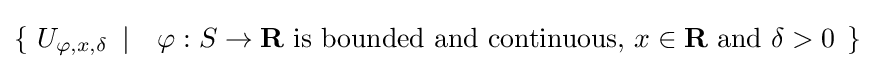
\left\{\ U_{\varphi ,x,\delta }\ \left|\quad \varphi :S\to \mathbf {R} {\text{ is bounded and continuous, }}x\in \mathbf {R} {\text{ and }}\delta >0\ \right.\right\}